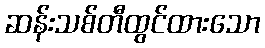
ဆန်းသစ်တီထွင်ထားသော